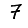
Digit: 7